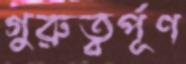
গুরুত্বর্পূণ